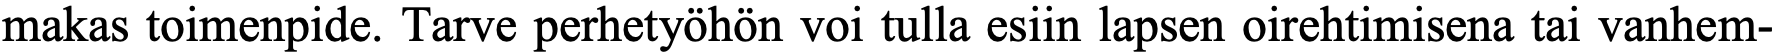
makas toimenpide. Tarve perhetyöhön voi tulla esiin lapsen oirehtimisena tai vanhem-